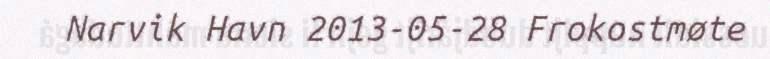
Narvik Havn 2013-05-28 Frokostmøte